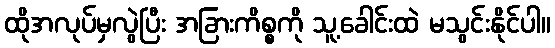
ထိုအလုပ်မှလွဲပြီး အခြားကိစ္စကို သူ့ခေါင်းထဲ မသွင်းနိုင်ပါ။